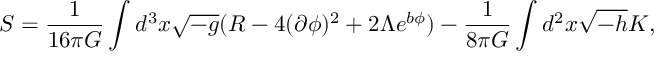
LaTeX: S = \frac { 1 } { 1 6 \pi G } \int d ^ { 3 } x \sqrt { - g } ( R - 4 ( \partial \phi ) ^ { 2 } + 2 \Lambda e ^ { b \phi } ) - \frac { 1 } { 8 \pi G } \int d ^ { 2 } x \sqrt { - h } K ,